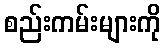
စည်းကမ်းများကို